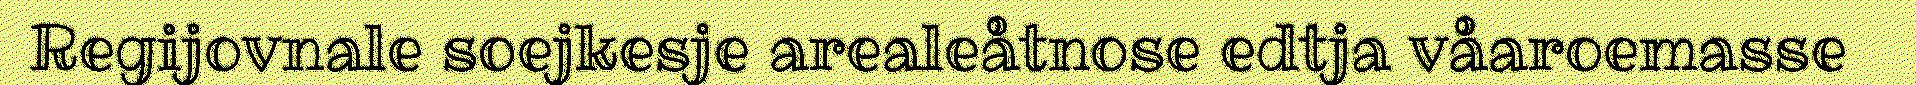
Regijovnale soejkesje arealeåtnose edtja våaroemasse